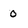
Character: 0